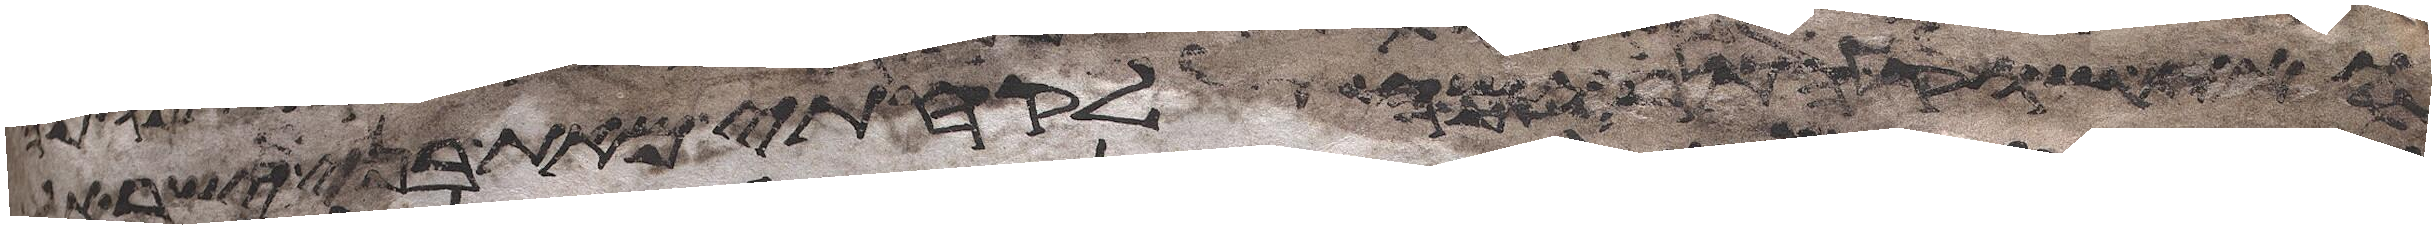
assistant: שוק התרומה לקחתי מאת בני ישראל